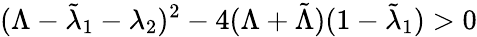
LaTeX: (\Lambda-\tilde{\lambda}_{1}-\lambda_{2})^{2}-4(\Lambda+\tilde{\Lambda})(1-\tilde{\lambda}_{1})>0